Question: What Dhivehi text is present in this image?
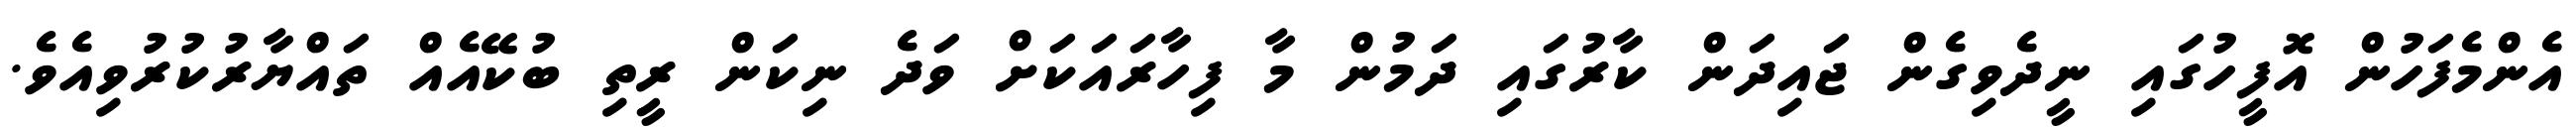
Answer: އެންމެފަހުން އޮފީހުގައި ނީދެވިގެން ޖައިދަން ކާރުގައި ދަމުން މާ ފިހާރައަކަށް ވަދެ ނިކަން ރީތި ބުކޭއެއް ތައްޔާރުކުރުވިއެވެ.